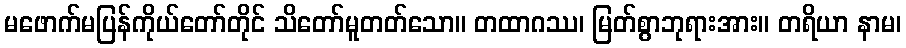
မဖောက်မပြန်ကိုယ်တော်တိုင် သိတော်မူတတ်သော။ တထာဂဿ၊ မြတ်စွာဘုရားအား။ တရိယာ နာမ၊